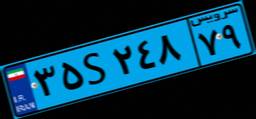
۳۵S۲۴۸۷۹